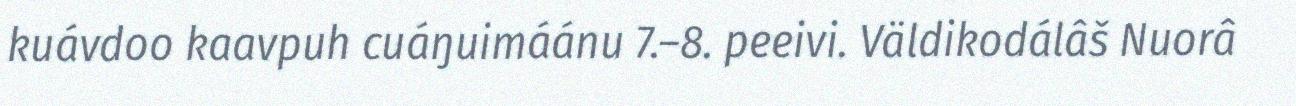
kuávdoo kaavpuh cuáŋuimáánu 7.–8. peeivi. Väldikodálâš Nuorâ